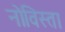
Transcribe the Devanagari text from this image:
नोविस्ता